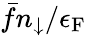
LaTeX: \bar{f}n_{\downarrow}/\epsilon_{\mathrm{F}}